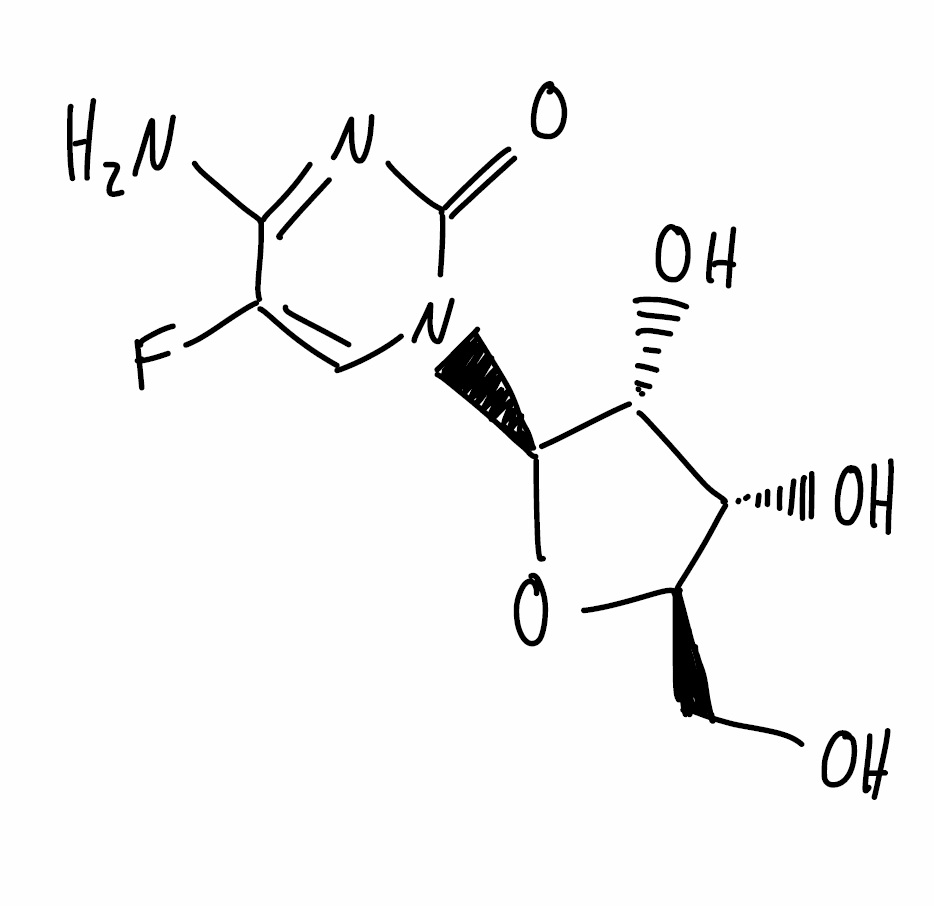
Simplified molecular-input line-entry system (SMILES) notation of the given molecule:
C1=C(C(=NC(=O)N1[C@H]2[C@@H]([C@@H]([C@H](O2)CO)O)O)N)F